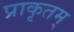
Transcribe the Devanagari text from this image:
प्राकृतम्